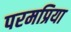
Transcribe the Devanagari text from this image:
परमप्रिया